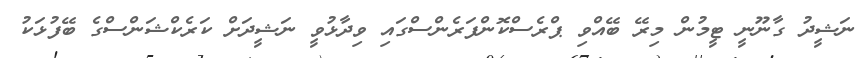
ނަޝީދު ގާނޫނީ ޓީމުން މިރޭ ބޭއްވި ޕްރެސްކޮންފަރެންސްގައި ވިދާޅުވީ ނަޝީދަށް ކަރެކްޝަންސްގެ ބޭފުޅަކު